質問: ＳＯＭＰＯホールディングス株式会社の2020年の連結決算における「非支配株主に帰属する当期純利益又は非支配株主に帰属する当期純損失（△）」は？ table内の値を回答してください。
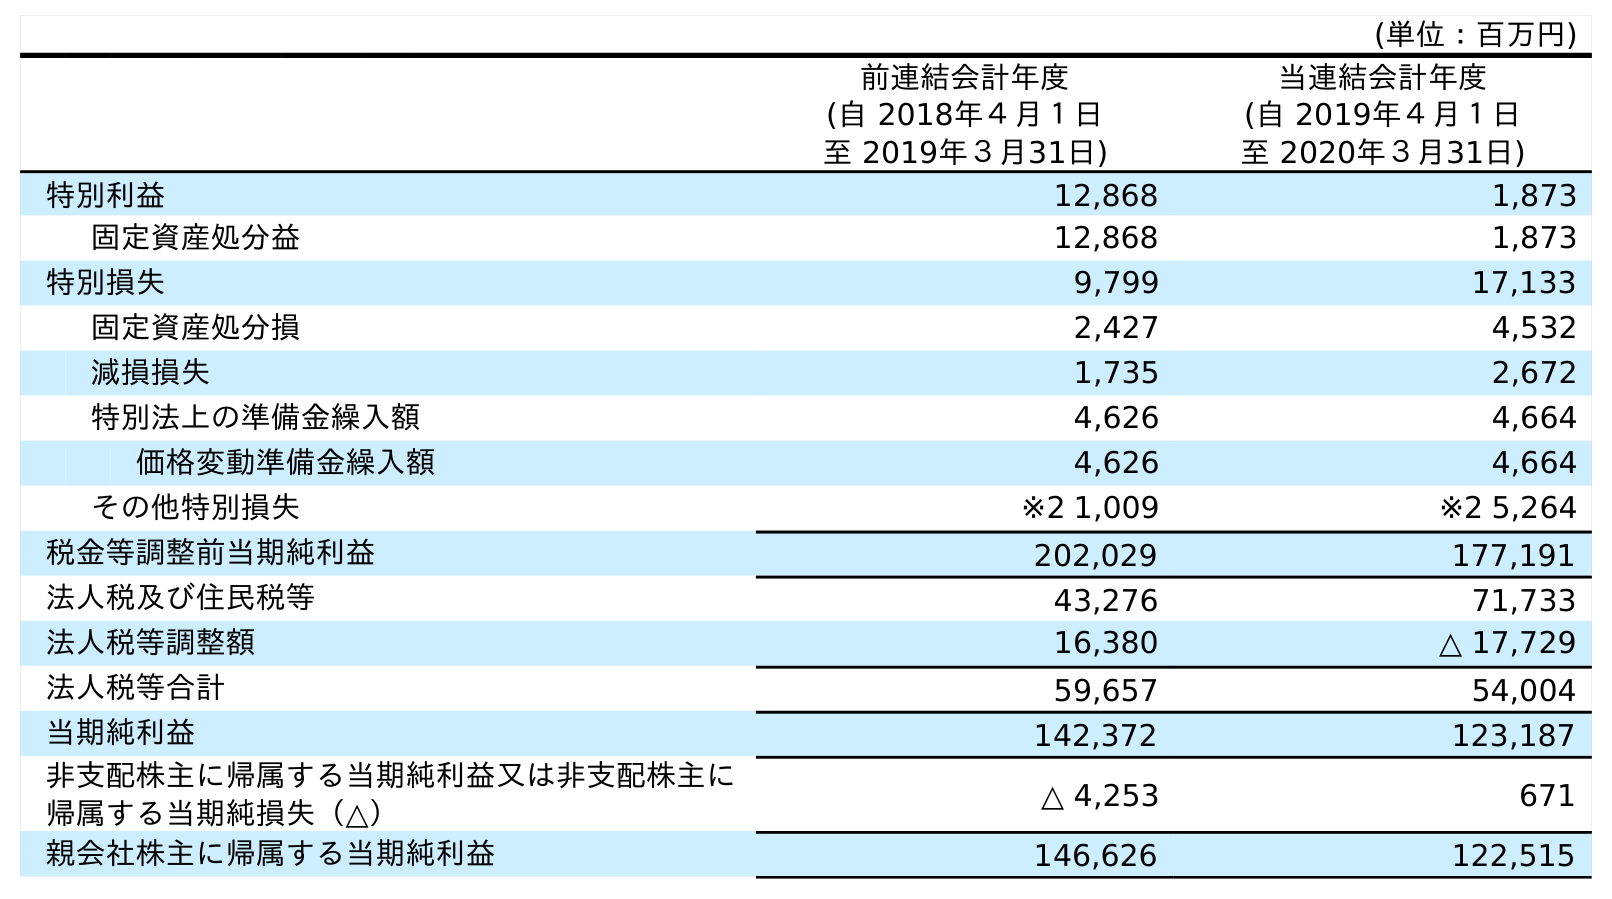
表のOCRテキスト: (単位：百万円) 前連結会計年度 (自 2018年４月１日 至 2019年３月31日) 当連結会計年度 (自 2019年４月１日 至 2020年３月31日) 特別利益 12,868 1,873 固定資産処分益 12,868 1,873 特別損失 9,799 17,133 固定資産処分損 2,427 4,532 減損損失 1,735 2,672 特別法上の準備金繰入額 4,626 4,664 価格変動準備金繰入額 4,626 4,664 その他特別損失 ※2 1,009 ※2 5,264 税金等調整前当期純利益 202,029 177,191 法人税及び住民税等 43,276 71,733 法人税等調整額 16,380 △ 17,729 法人税等合計 59,657 54,004 当期純利益 142,372 123,187 非支配株主に帰属する当期純利益又は非支配株主に 帰属する当期純損失（△） △ 4,253 671 親会社株主に帰属する当期純利益 146,626 122,515
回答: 671